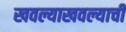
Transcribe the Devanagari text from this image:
खवल्याखवल्याची